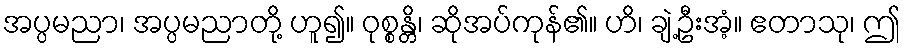
အပ္ပမညာ၊ အပ္ပမညာတို့ ဟူ၍။ ဝုစ္စန္တိ၊ ဆိုအပ်ကုန်၏။ ဟိ၊ ချဲ့ဦးအံ့။ ဧတာသု၊ ဤ